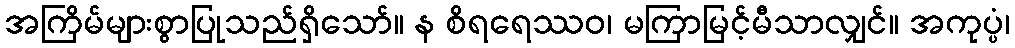
အကြိမ်များစွာပြုသည်ရှိသော်။ န စိရရေဿဝ၊ မကြာမြင့်မီသာလျှင်။ အကုပ္ပံ၊